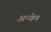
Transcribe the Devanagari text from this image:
अन्वेण